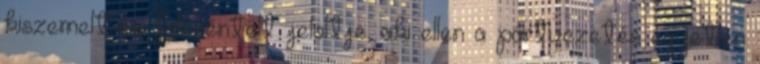
kiszemelt és fölszentelt jelöltje, aki ellen a pártvezetés egyetlen